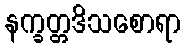
နက္ခတ္တဒိသစောရာ